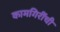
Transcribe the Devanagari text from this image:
कामगिरींची